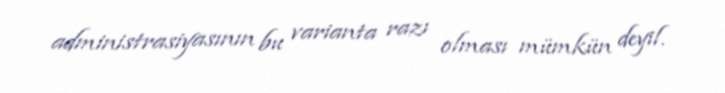
administrasiyasının bu varianta razı olması mümkün deyil.